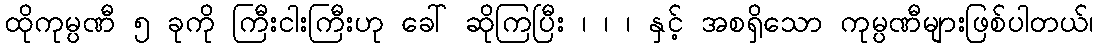
ထိုကုမ္ပဏီ ၅ ခုကို ကြီးငါးကြီးဟု ခေါ် ဆိုကြပြီး ၊ ၊ ၊ နှင့် အစရှိသော ကုမ္ပဏီများဖြစ်ပါတယ်၊